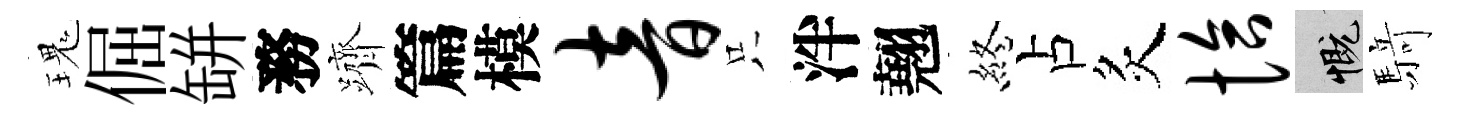
瑰倔缾務躋篇模音只泮翹終占炙恰慨𮪍